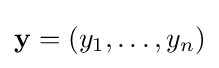
\mathbf {y} =(y_{1},\dots ,y_{n})